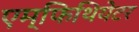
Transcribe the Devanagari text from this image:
एम्फिथियेटर